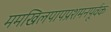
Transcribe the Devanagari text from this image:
ममखिलपापप्रशमनपूर्वक